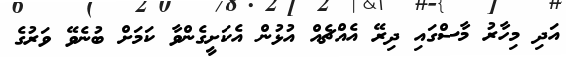
އަދި މިހާރު މާސްގައި ދިރޭ އެއްޗެއް އުޅުން އެކަށީގެންވާ ކަމަށް ބުނެވޭ ވަރުގެ